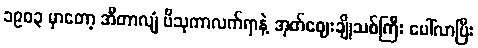
၁၉၀၃ မှာတော့ အီတာလျံ ဗိသုကာလက်ရာနဲ့ အုတ်ဈေးချိုသစ်ကြီး ပေါ်လာပြီး